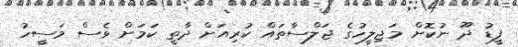
ފީޑު ދޫ ނުކޮށް މަޖިލީހުގެ ޖަލްސާތައް ކުރިއަށް ދާތީ ކަމަށް ވެސް މަސީހު